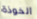
الخوذة